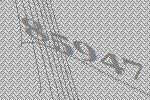
85947